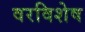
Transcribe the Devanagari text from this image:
वरविशेष